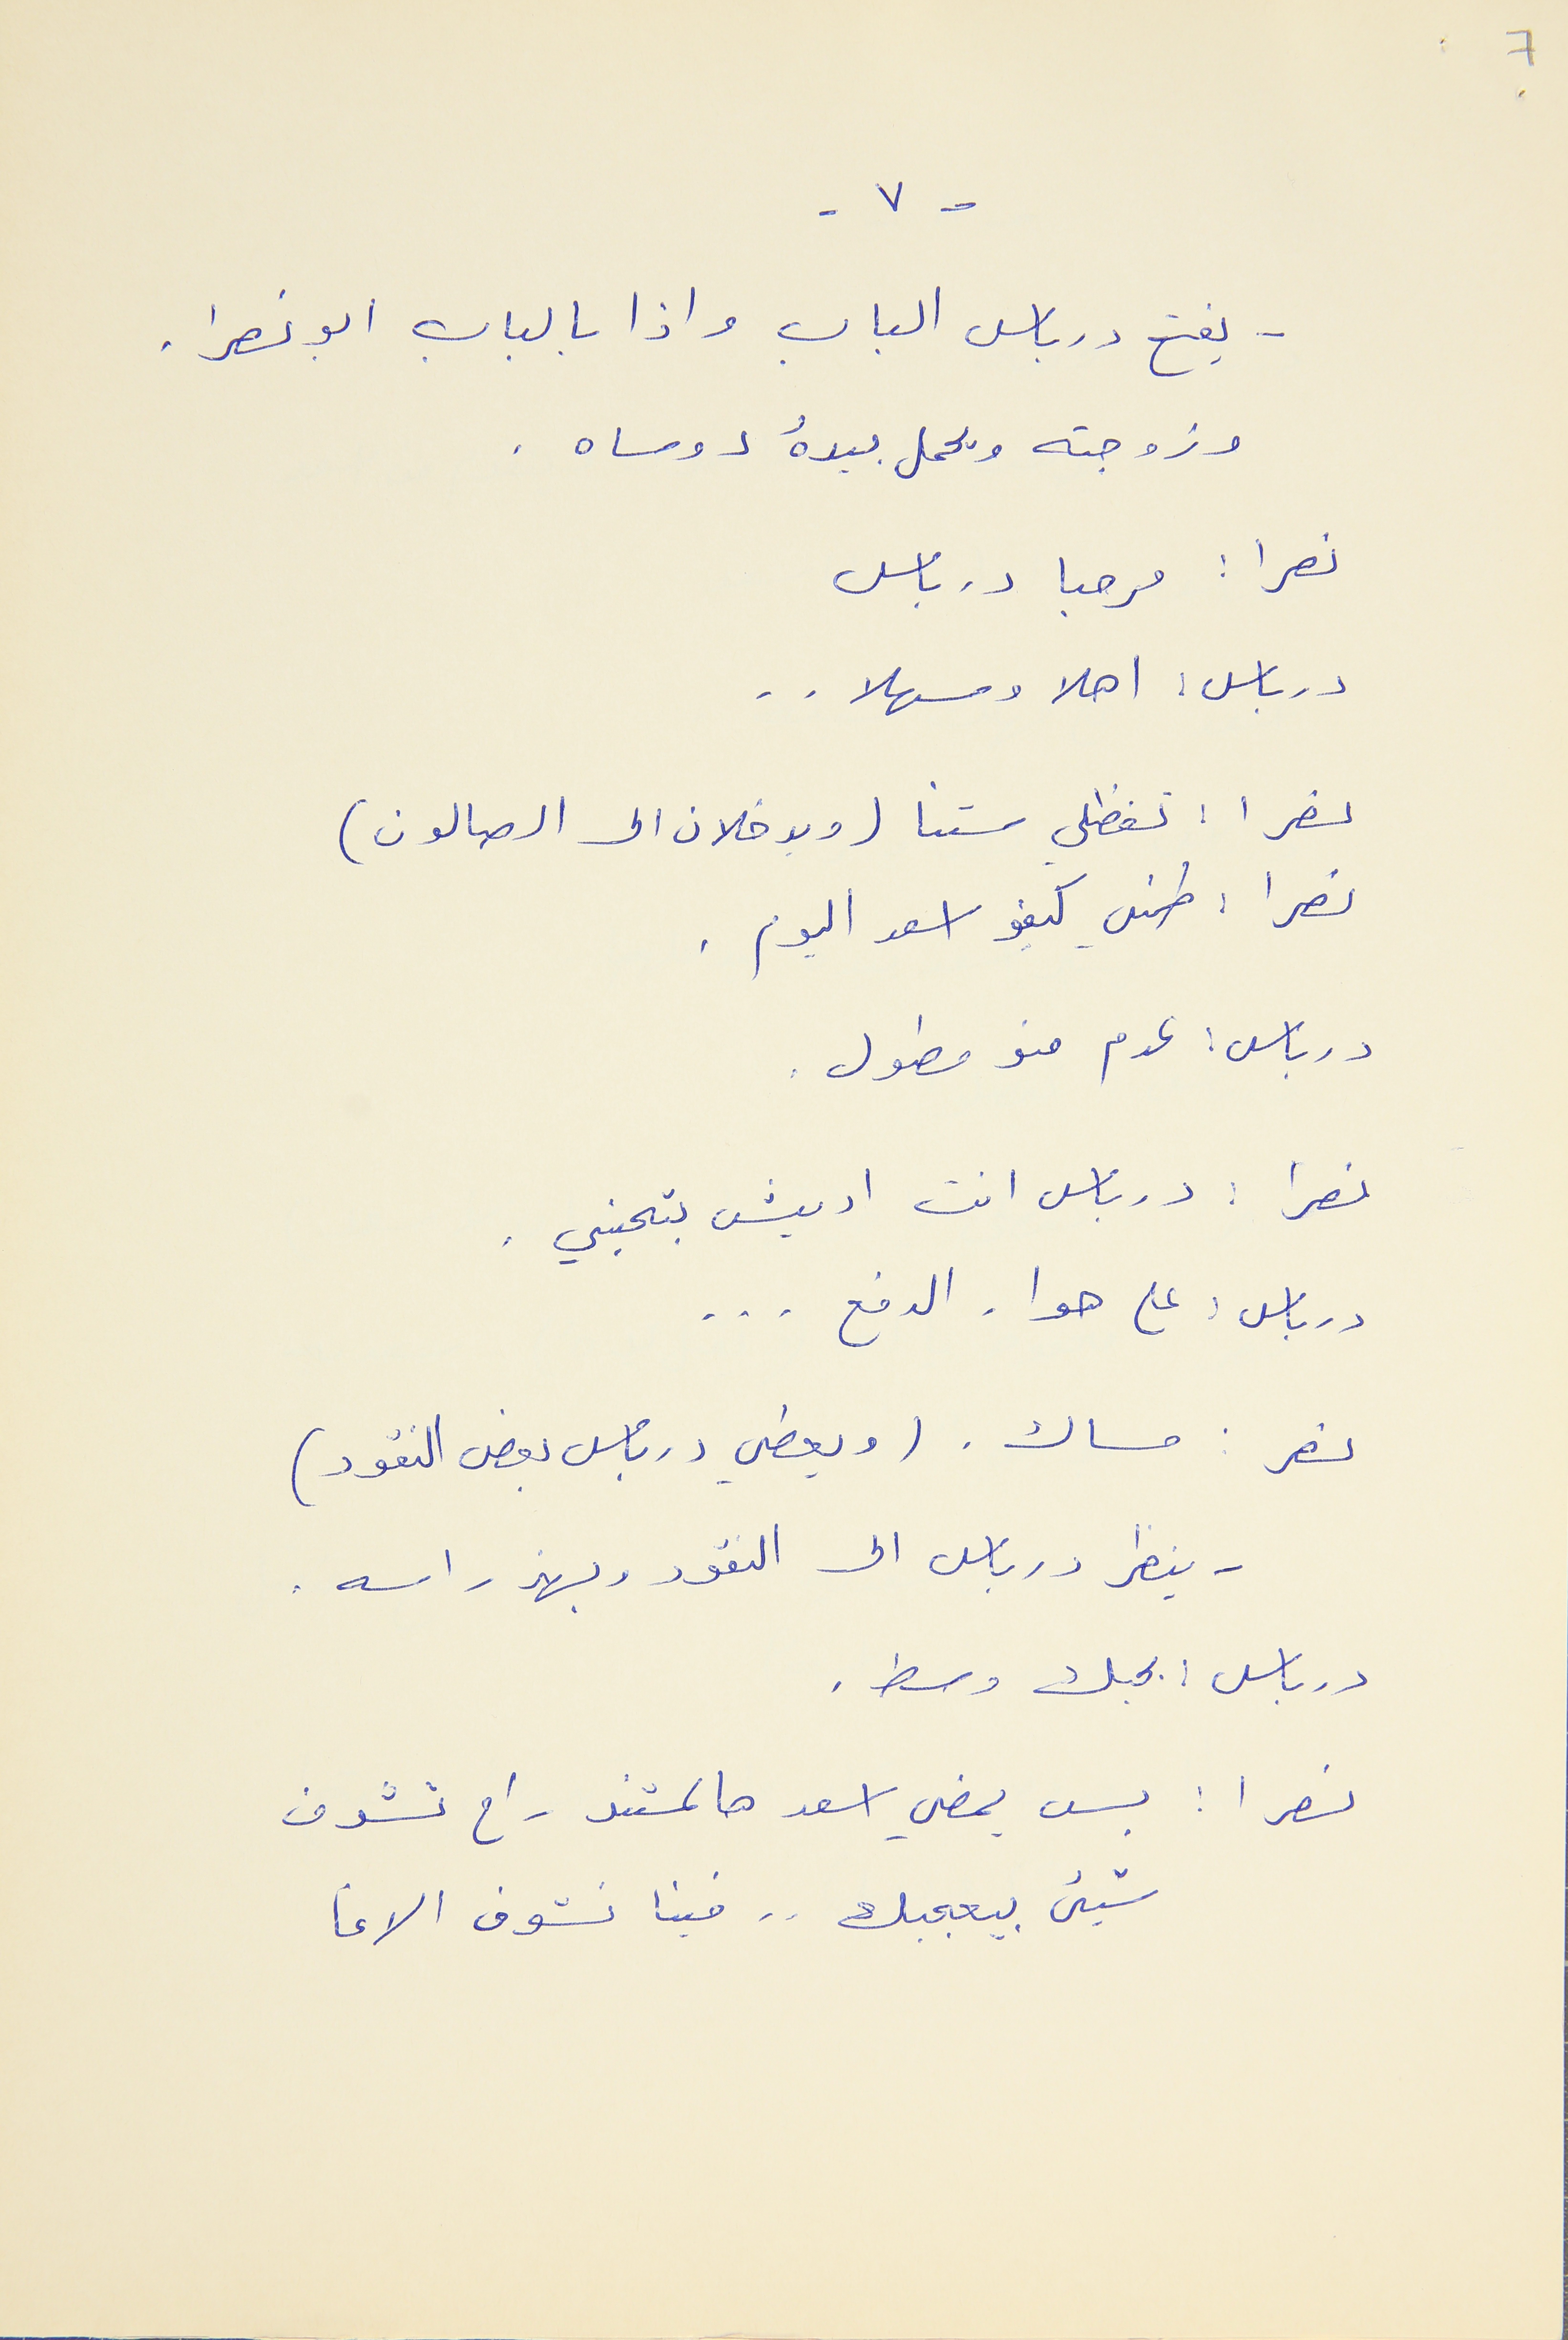
7
- ٧ -
يفتح درباس الباب واذا بالباب ابو نصرا .
وزوجته ويحمل بيدهُ دوساه  .
نصرا : مرحبا درباس
درباس : اهلا وسهلا . .
نصرا : تفظلي ستنا (ويدخلان الصالون)
نصرا : طمني كيفو اسعد اليوم.
درباس : عدم منو مطول .
نصرا : درباس انت اديش بتحبني .
درباس : على هواء الدفع . . .
نصر : مساك . (ويعطي درباس بعض النقود)
- ينظر درباس الى النقود ويهذ راسه .
درباس : بحبك وسط .
نصرا : بس يمضي اسعد هالمستند راح تشوف
شيء بيعجبك . . فينا نشوف الاغا